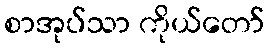
စာအုပ်သာ ကိုယ်တော်